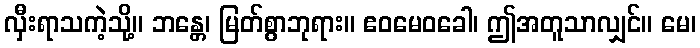
လှီးရာသကဲ့သို့။ ဘန္တေ၊ မြတ်စွာဘုရား။ ဧဝမေဝခေါ၊ ဤအတူသာလျှင်။ မေ၊